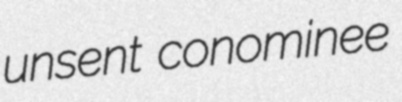
unsent conominee